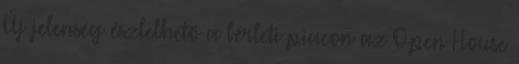
Új jelenség észlelhető a bérleti piacon az Open House